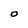
Character: O